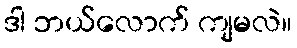
ဒါ ဘယ်လောက် ကျမလဲ။